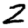
Digit: 2